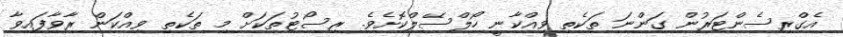
އެގްރިސެންޓަރުން ގަންނަ ތަކެތި ވިއްކާނީ ހޯލްސޭލްކޮށެވެ. ރިސޯޓުތަކަށް މި ތަކެތި ވިއްކަން ރާވާފައިވާ